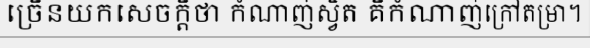
ច្រើនយកសេចក្តីថា កំណាញ់ស្វិត គឺកំណាញ់ក្រៅតម្រា។